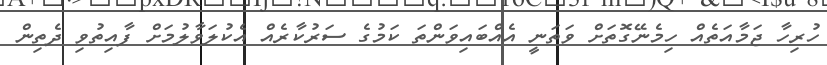
ހުރިހާ ޖަމާއަތެއް ހިމެނޭގޮތަށް ވަތަނީ އެއްބައިވަންތަ ކަމުގެ ސަރުކާރެއް އެކުލަވާލުމަށް ފާއިތުވި ދެތިން